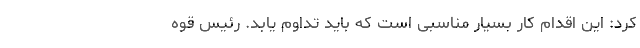
کرد: این اقدام کار بسیار مناسبی است که باید تداوم یابد. رئیس قوه